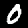
Label: 0